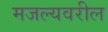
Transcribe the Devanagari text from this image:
मजल्यवरील